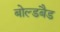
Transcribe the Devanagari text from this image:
बोल्डबैड